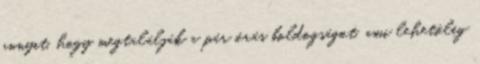
annyit, hogy megtalálják a pár órás boldogságot, ami lehetőleg